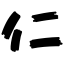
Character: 仁